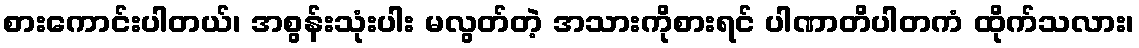
စားကောင်းပါတယ်၊ အစွန်းသုံးပါး မလွတ်တဲ့ အသားကိုစားရင် ပါဏာတိပါတကံ ထိုက်သလား၊